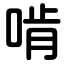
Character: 啃